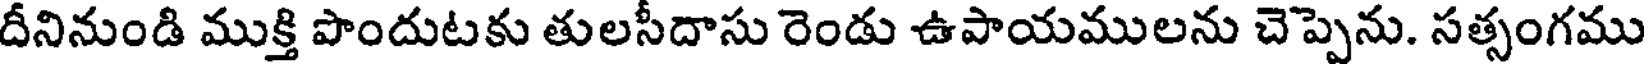
దీనినుండి ముక్తి పొందుటకు తులసీదాసు రెండు ఉపాయములను చెప్పెను. సత్సంగము